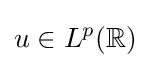
u\in L^{p}(\mathbb {R} )